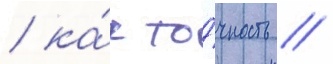
/ ка́к то́чность /